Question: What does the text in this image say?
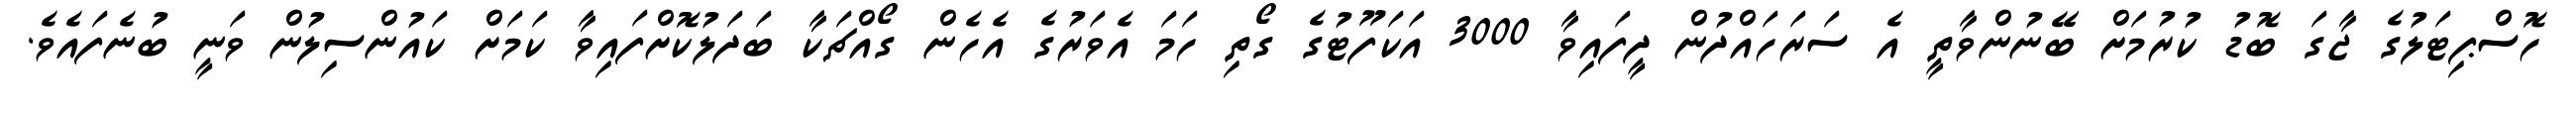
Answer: ހޮސްޕިޓަލުގެ ޖާގަ ބޮޑު ކުރުމަށް ބޭނުންވާތީ އެ ސަރަހައްދުން ދީފައިވާ 3000 އަކަފޫޓުގެ ގޯތި ހަމަ އެވަރުގެ އެހެން ގޯއްޗަކާ ބަދަލުކޮށްފައިވާ ކަމަށް ކައުންސިލުން ވަނީ ބުނެފައެވެ.